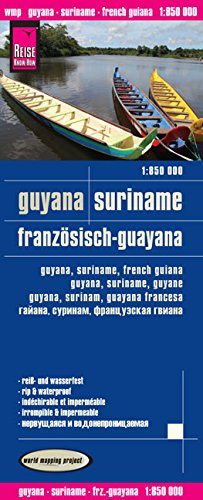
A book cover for Guyana, Suriname, Franzosisch-Guayana = Guyana, Suriname, French Guiana = Guyana, Suriname, Guyane = Guyan, Surinam, Guayana Francesa = Gaiana, Surinam, Frantsuzskaia Gviana; Reise Know-How Verlag; Travel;